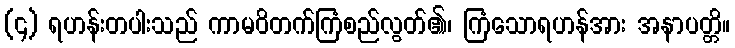
(၄) ရဟန်းတပါးသည် ကာမဝိတက်ကြံစည်လွတ်၏၊ ကြံသောရဟန်အား အနာပတ္တိ။